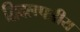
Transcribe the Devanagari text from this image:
द्विदलपत्रीय